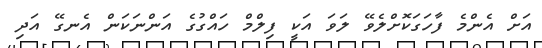
އަށް އެންމެ ފާހަގަކޮށްލެވޭ ލަވަ އަކީ ފިލްމް ހައްގުގެ އަންނަކަން އެނގޭ އަދި